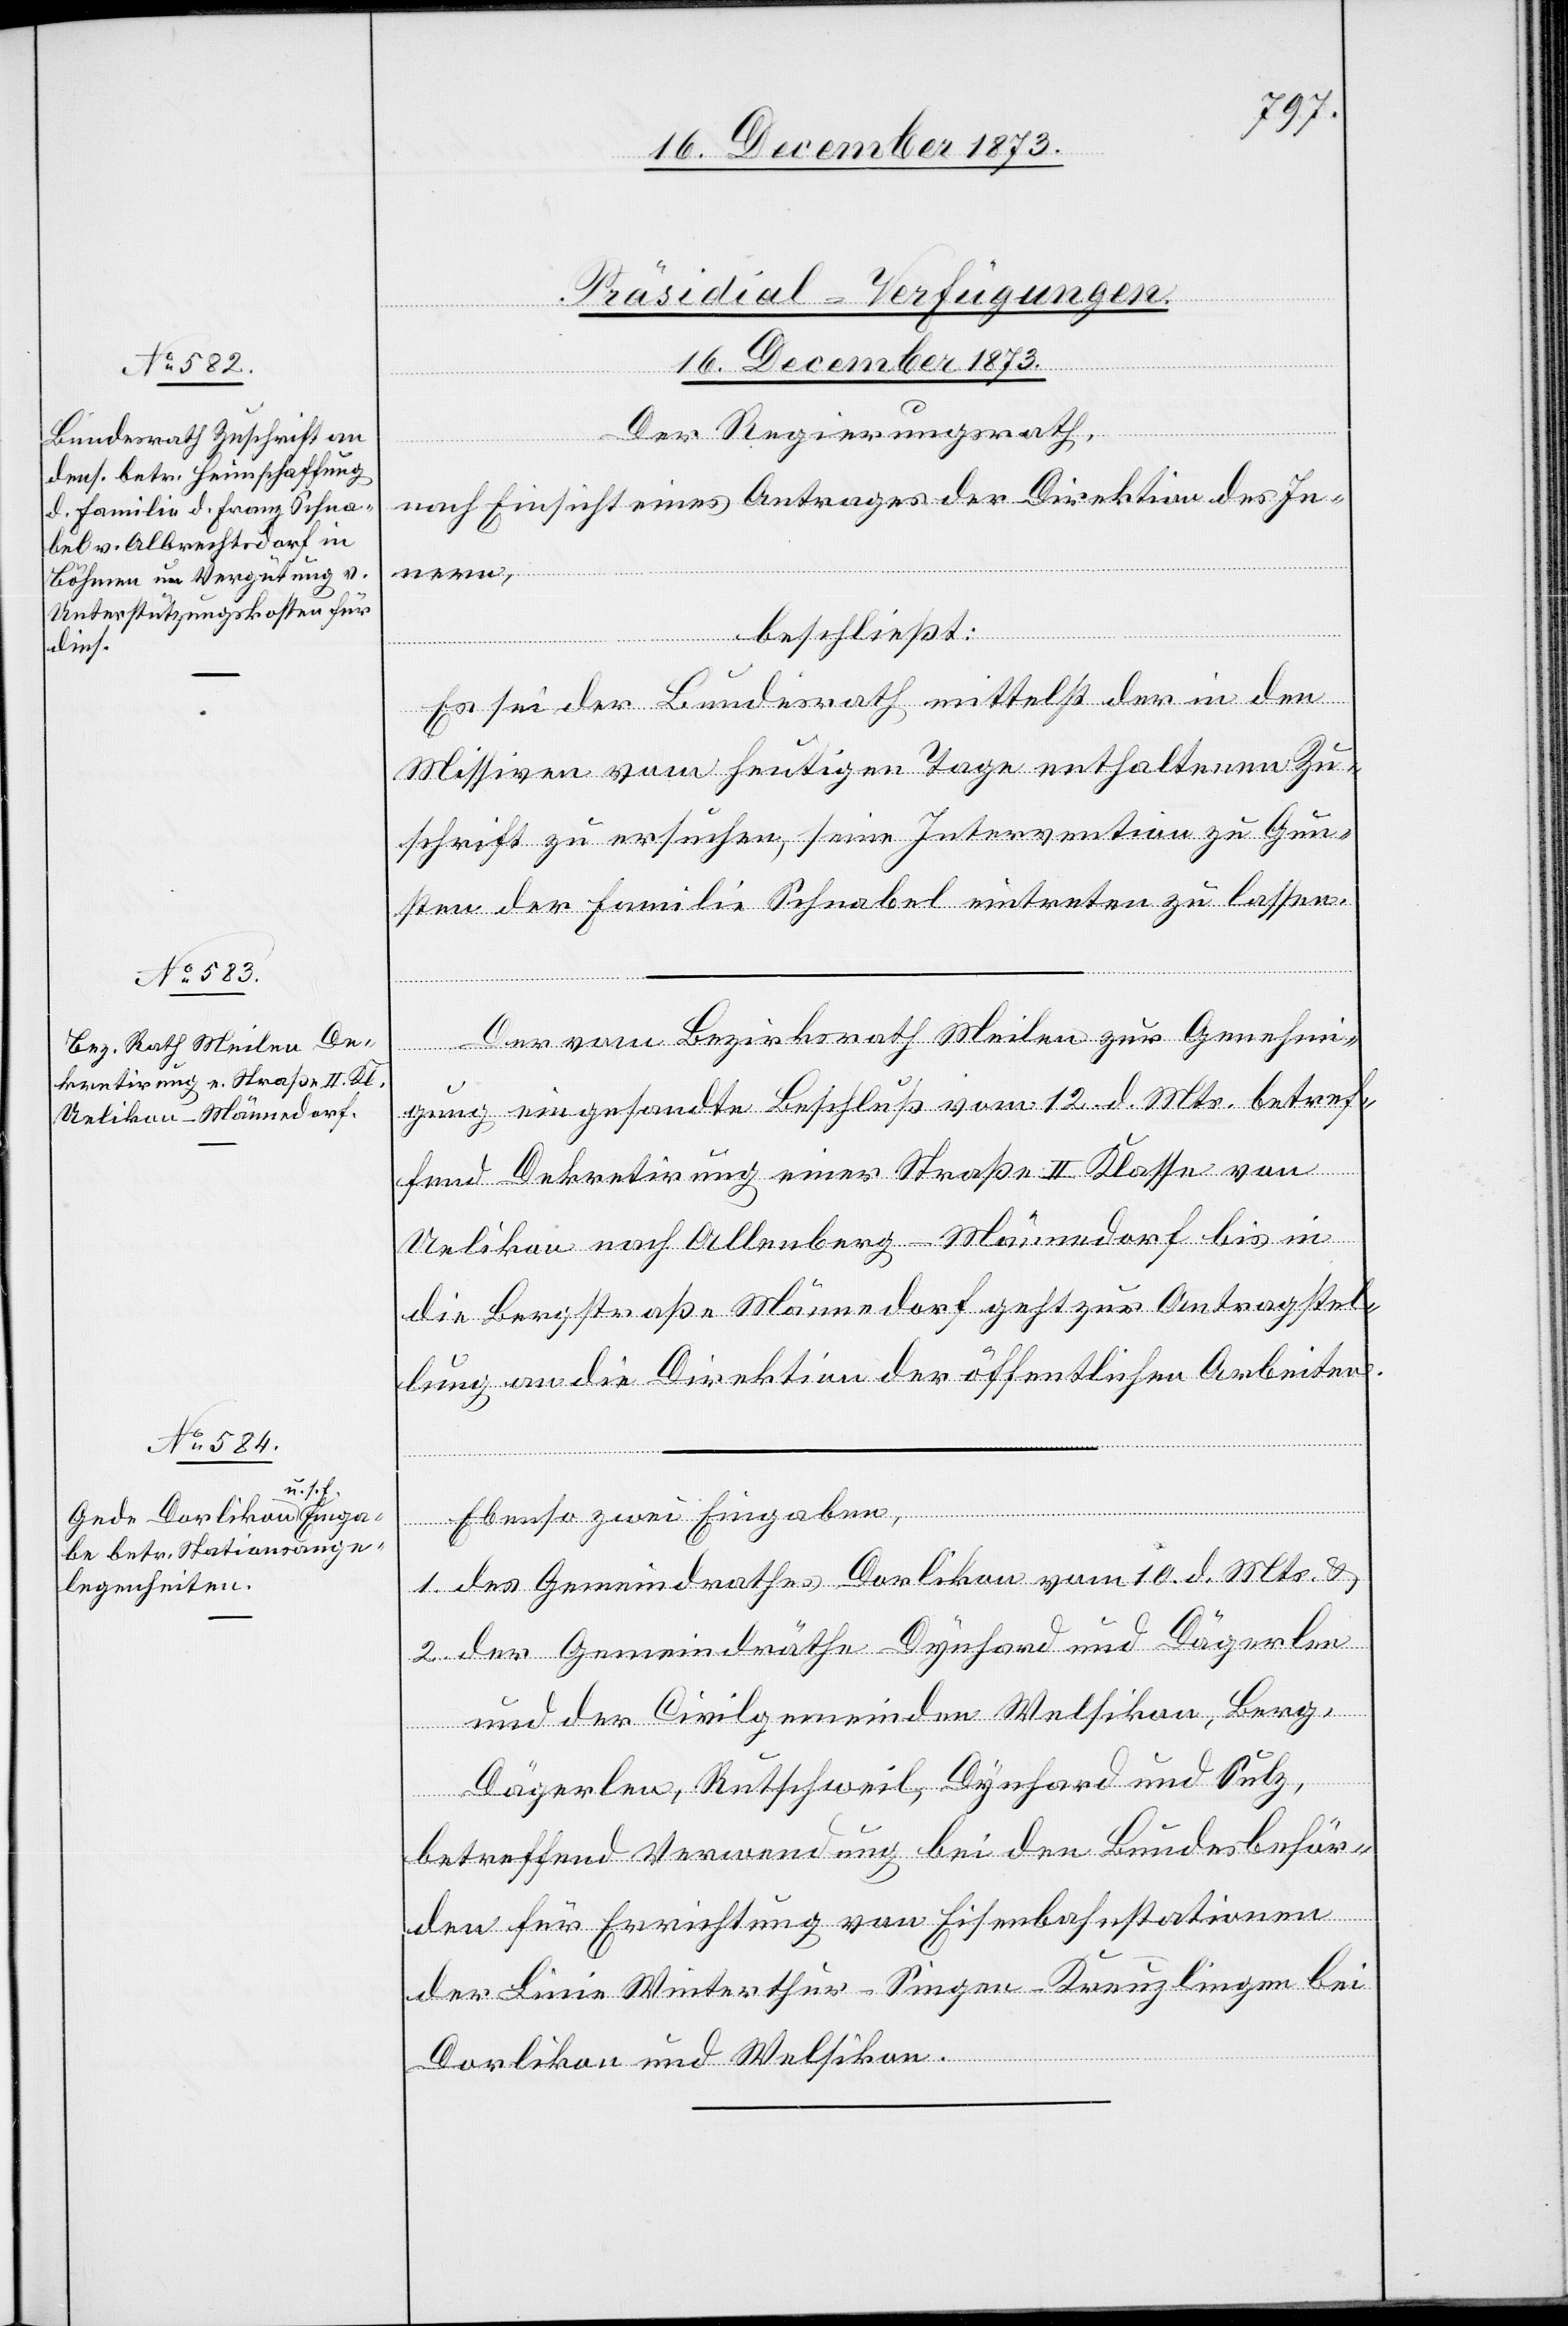
16. December 1873.]
[Präsidial-Verfügungen.
Der Regierungsrath,
nach Einsicht eines Antrages der Direktion des In¬
nern,
beschließt:
Es sei der Bundesrath mittelst der in den
Missiven vom heutigen Tage enthaltenen Zu¬
schrift zu ersuchen, seine Intervention zu Gun¬
sten der Familie Schnabel eintreten zu lassen.
Der vom Bezirksrath Meilen zur Genehmi¬
gung eingesandte Beschluß vom 12. d. Mts. betref¬
fend Dekretirung einer Straße II Klasse von
Uelikon nach Allenberg - Männedorf bis in
die Bergstraße Männedorf geht zur Antragstel¬
lung an die Direktion der öffentlichen Arbeiten.
Ebenso zwei Eingaben,
1. des Gemeindrathes Dorlikon vom 10. d. Mts. &
2. der Gemeindräthe Dynhard und Dägerlen
und der Civilgemeinde Welsikon, Berg,
Dägerlen, Rutschweil, Dynhard und Sulz,
betreffend Verwendung bei den Bundesbehör¬
den für Errichtung von Eisenbahnstationen
der Linie Winterthur–Singen–Kreuzlingen bei
Dorlikon und Welsikon.